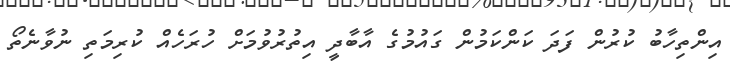
އިންތިހާބު ކުރުން ފަދަ ކަންކަމުން ގައުމުގެ އާބާދީ އިތުރުވުމަށް ހުރަހެއް ކުރިމަތި ނުވާނެތޯ